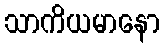
သာကိယမာနော